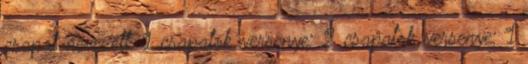
csapat nevezett. 1 csapatok versenye: 2 csapatok versenye: 1